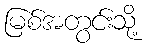
မြစ်အတွင်းသို့